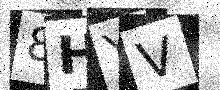
Text: 8HYV